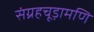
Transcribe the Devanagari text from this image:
संग्रहचूड़ामणि